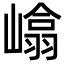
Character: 嶖